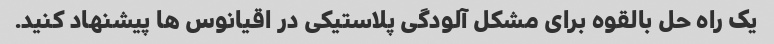
یک راه حل بالقوه برای مشکل آلودگی پلاستیکی در اقیانوس ها پیشنهاد کنید.